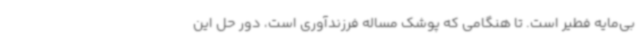
بی‌مایه فطیر است. تا هنگامی که پوشک مساله فرزندآوری است، دور حل این